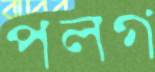
পলগ